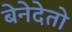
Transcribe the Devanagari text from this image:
बेनेदेतो